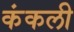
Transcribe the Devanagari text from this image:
कंकली